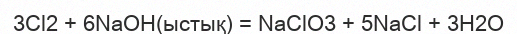
3Cl2 + 6NaOH(ыстық) = NaClO3 + 5NaCl + 3H2O